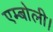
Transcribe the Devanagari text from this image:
एम्बोली।